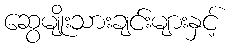
ဆွေမျိုးသားချင်းများနှင့်